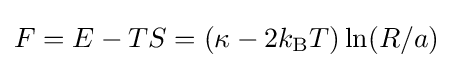
F=E-TS=(\kappa -2k_{\rm {B}}T)\ln(R/a)